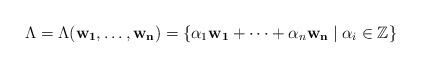
\begin{align*}\Lambda = \Lambda(\mathbf{w_1}, \dots, \mathbf{w_n}) =\{ \alpha_1 \mathbf{w_1} + \dots + \alpha_n \mathbf{w_n} \mid \alpha_i \in \mathbb{Z} \}\end{align*}